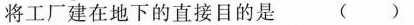
将工厂建在地下的直接目的是( )